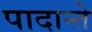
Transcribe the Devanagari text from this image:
पादान्ते